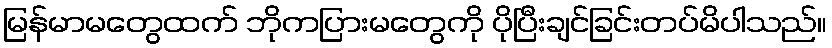
မြန်မာမတွေထက် ဘိုကပြားမတွေကို ပိုပြီးချင်ခြင်းတပ်မိပါသည်။